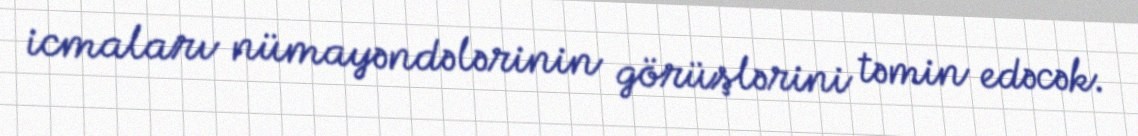
icmaları nümayəndələrinin görüşlərini təmin edəcək.